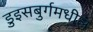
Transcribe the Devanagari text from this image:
डुइसबुर्गमधील